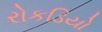
રોકડિયો